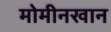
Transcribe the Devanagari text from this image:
मोमीनखान